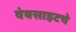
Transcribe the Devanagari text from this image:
वेबसाइटचे